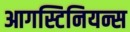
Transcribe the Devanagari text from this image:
आगस्टिनियन्स